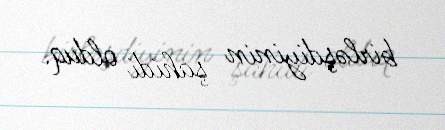
birləşdiyinin şahidi olduq.